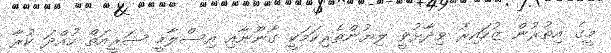
މީގެ އިތުރުން ޒުހައިރު ވިދާޅުވީ ލިޔުންތެރިކަމަކީ ގާނޫނާއި އިސްލާމީ ޝަރީއަތް ހުއްދަ ކުރާ